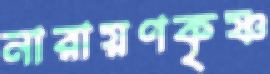
নারায়ণকৃষ্ণ